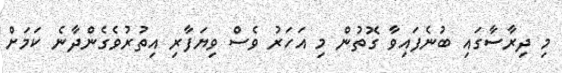
މި ދިރާސާގައި ބުނެފައިވާ ގޮތުން މި އަހަރު ވެސް ވިޔަފާރި އިތުރުވެގެންދާނެ ކަމަށް